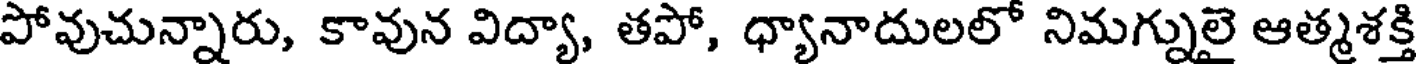
పోవుచున్నారు, కావున విద్యా, తపో, ధ్యానాదులలో నిమగ్నులై ఆత్మశక్తి